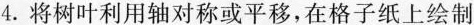
4.将树叶利用轴对称或平移，在格子纸上绘制